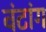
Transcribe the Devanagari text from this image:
वंटांग